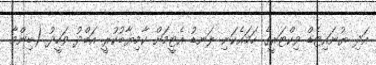
އަދި ޔުނައިޓެޑް ވިކްޓަރީގެ ހަމައެކަނި ލަނޑު އެޓީމަށް ކާމިޔާބުކުރީ އަބްދު ވަހީދު (ބިންމާ